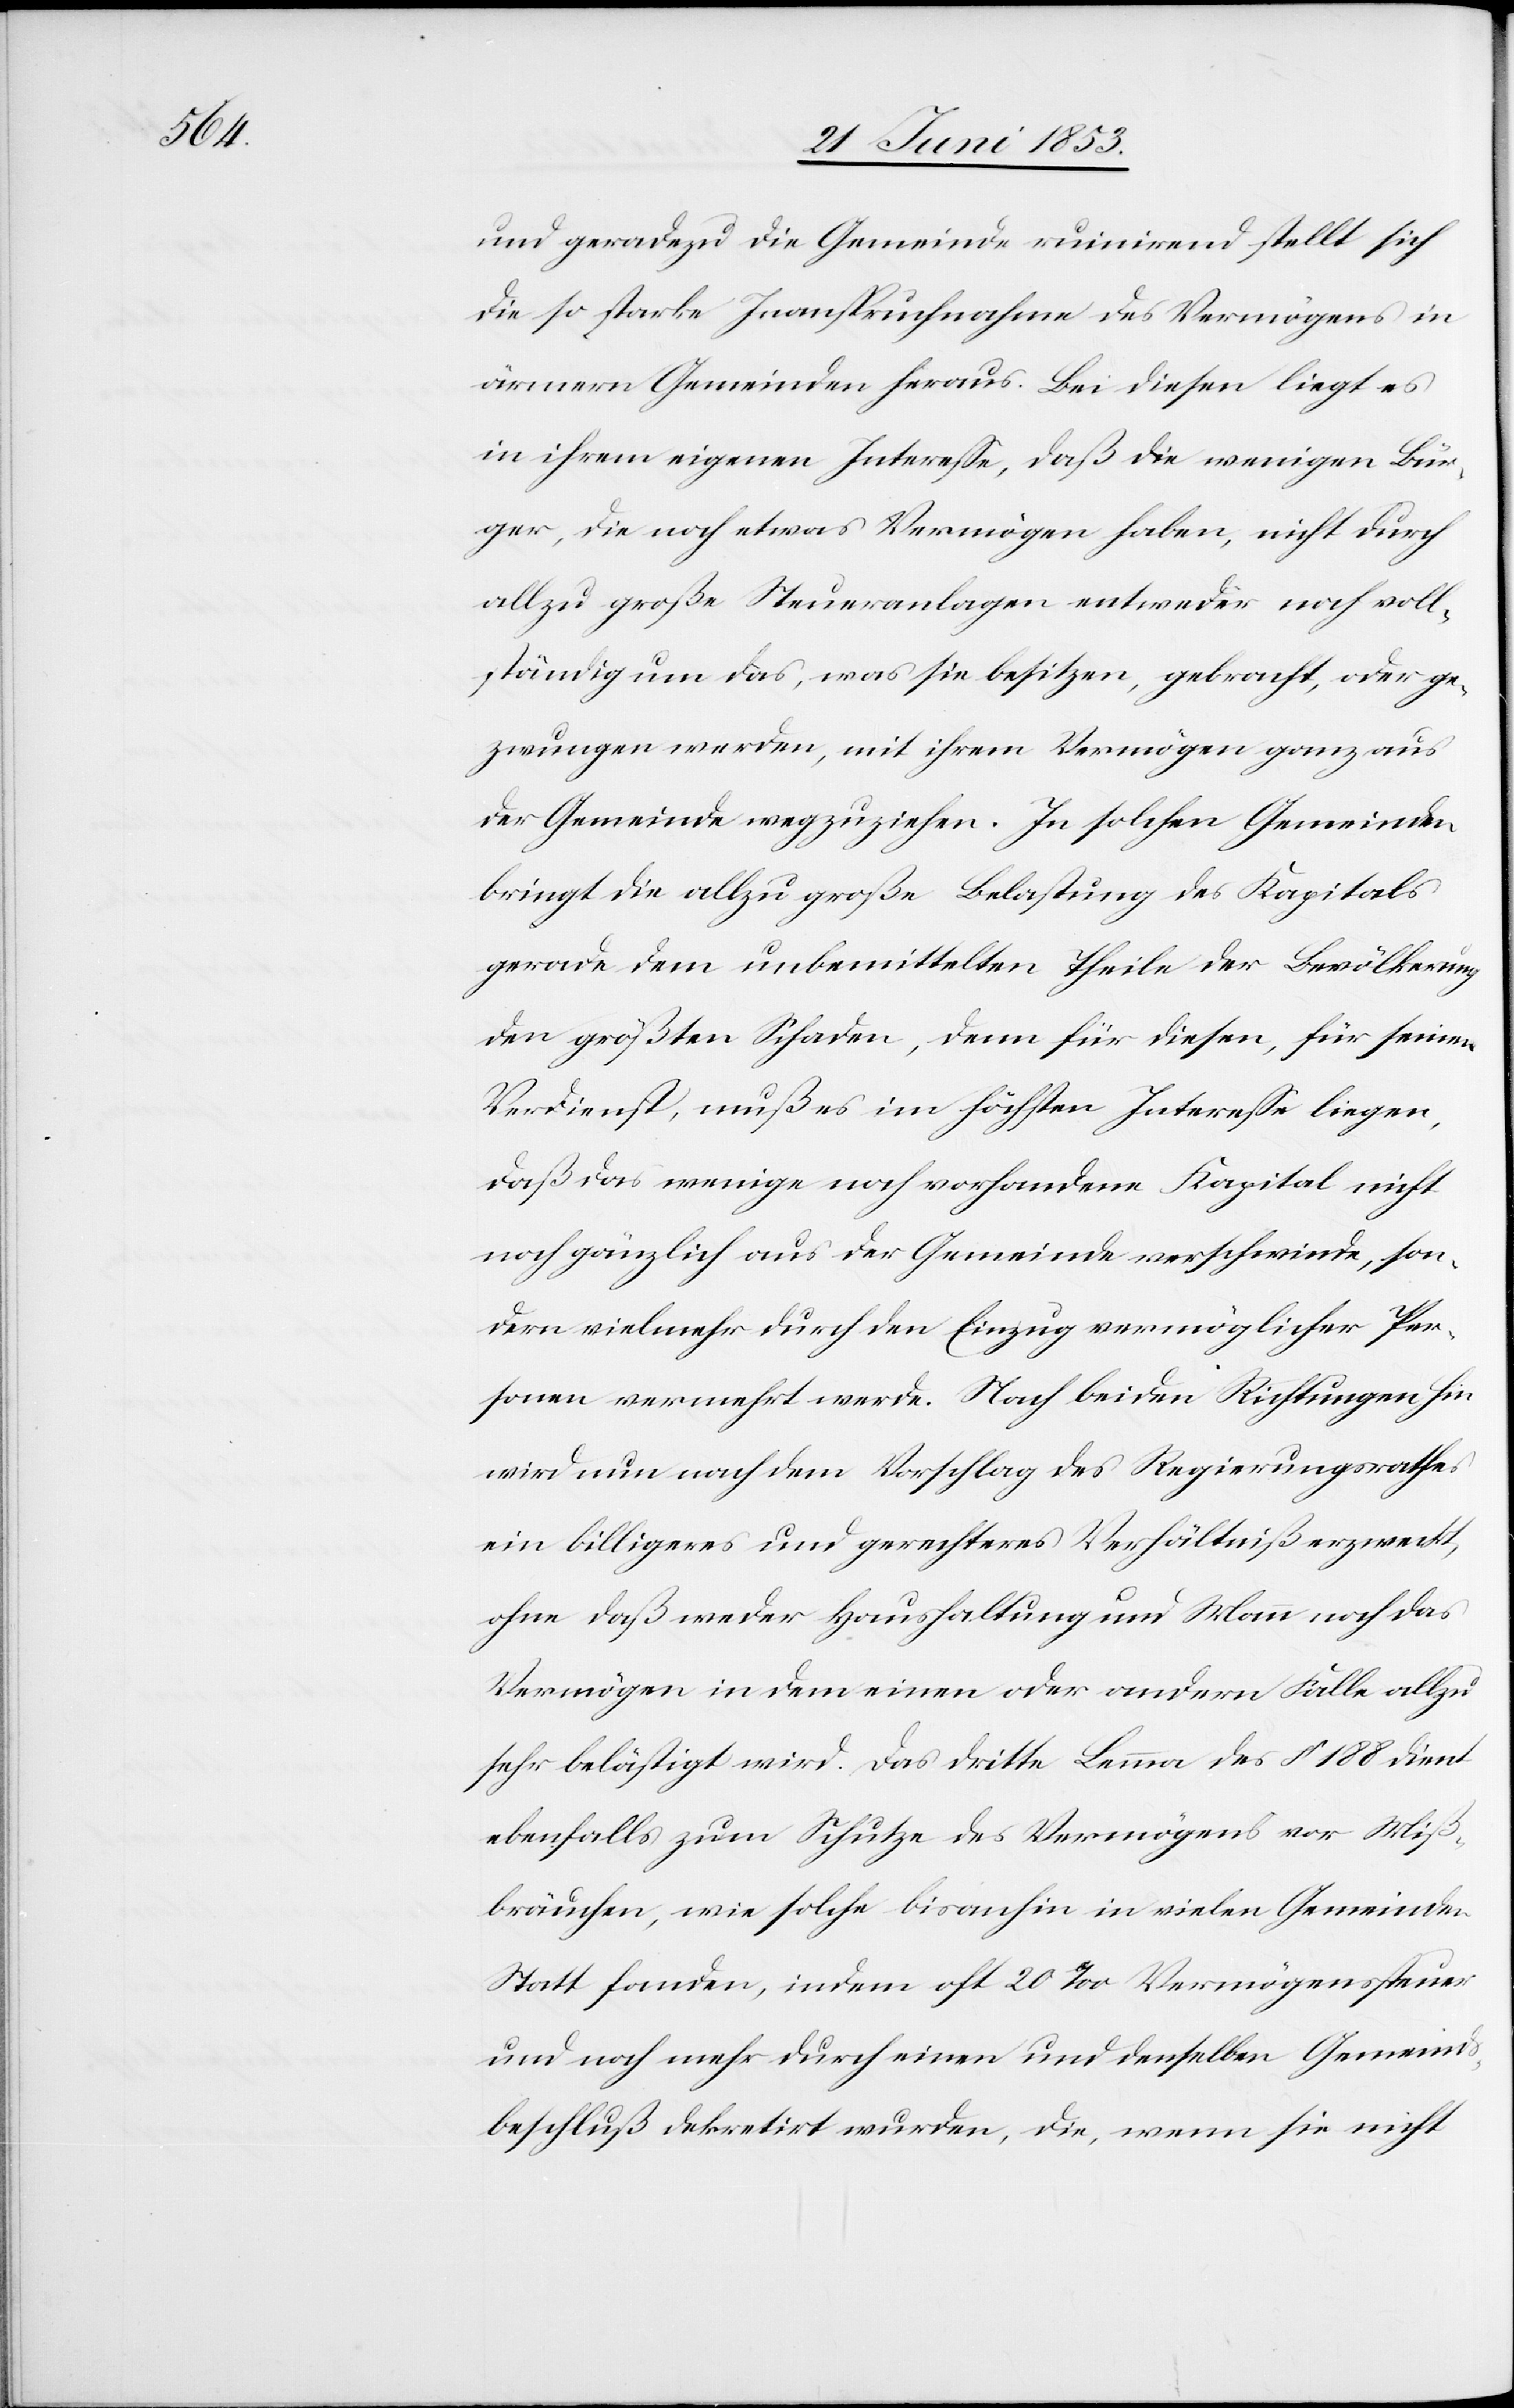
und geradezu die Gemeinde ruinirend stellt sich
die so starke Inanspruchnahme des Vermögens in
ärmern Gemeinden heraus. Bei diesen liegt es
in ihrem eigenen Intereße, daß die wenigen Bür¬
ger, die noch etwas Vermögen haben, nicht durch
allzu große Steueranlagen entweder noch voll¬
ständig um das, was sie besitzen, gebracht, oder ge¬
zwungen werden, mit ihrem Vermögen ganz aus
der Gemeinde wegzuziehen. In solchen Gemeinden
bringt die allzu große Belastung des Kapitals
gerade dem unbemittelten Theile der Bevölkerung
den größten Schaden, denn für diesen, für seinen
Verdienst, muß es im höchsten Intereße liegen,
daß das wenige noch vorhandene Kapital nicht
noch gänzlich aus der Gemeinde verschwinde, son¬
dern vielmehr durch den Einzug vermöglicher Per¬
sonen vermehrt werde. Nach beiden Richtungen hin
wird nun nach dem Vorschlag des Regierungsrathes
ein billigeres und gerechteres Verhältniß erzweckt,
ohne daß weder Haushaltung und Mann noch das
Vermögen in dem einen oder andern Falle allzu
sehr beschädigt wird. Das dritte Lemma des § 188 dient
ebenfalls zum Schutze des Vermögens vor Miß¬
bräuchen, wie solche bisanhin in vielen Gemeinden
Statt fanden, indem oft 20 ‰ Vermögenssteuer
und noch mehr durch einen und denselben Gemeinds¬
beschluß dekretirt wurden, die, wenn sie nicht